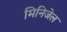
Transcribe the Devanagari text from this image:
मिनिजेल